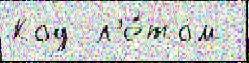
Код  л'е́том